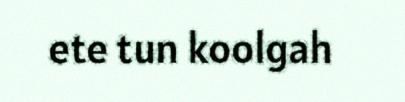
ete tun koolgah